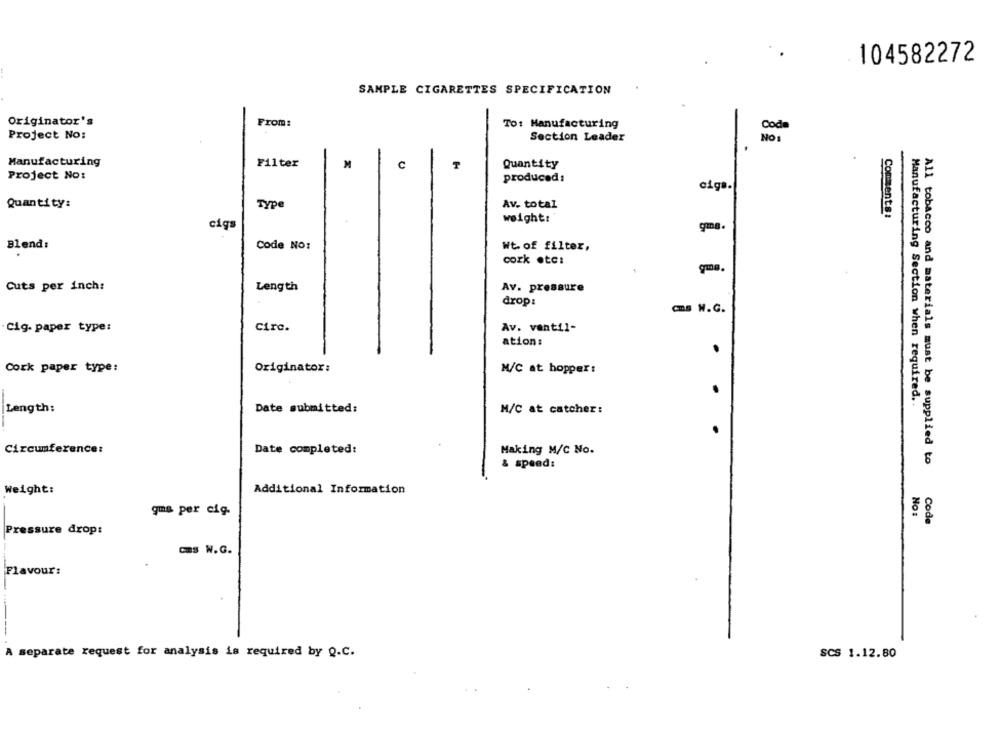
104582272
SAMPLE CIGARETTES SPECIFICATION
Originator's
From:
To: Manufacturing
Code
Project No:
Section Leader
NO1
Manufacturing
Filter
M
C
T
Quantity
Project No:
produced:
cigs.
Quantity:
Type
Av. total
weight:
Comments :
cigs
gma.
Blend:
Code No:
Wt. of filter,
cork otc:
Cuts per inch:
Length
Av. pressure
drop:
cms W.C.
Cig. paper type:
Circ.
Av. vantil-
ation :
Cork paper type:
Originator:
M/C at hopper:
Manufacturing Section when required ..
Length:
Date submitted:
H/C at catcher:
.. .
Circumference:
Date completed:
Making M/C No.
& speed:
All tobacco and materials must be supplied to
Weight:
Additional Information
gms per cig.
No:
Code
Pressure drop:
CBS W.G.
Flavour:
A separate request for analysis is required by Q.C.
SCS 1.12.80